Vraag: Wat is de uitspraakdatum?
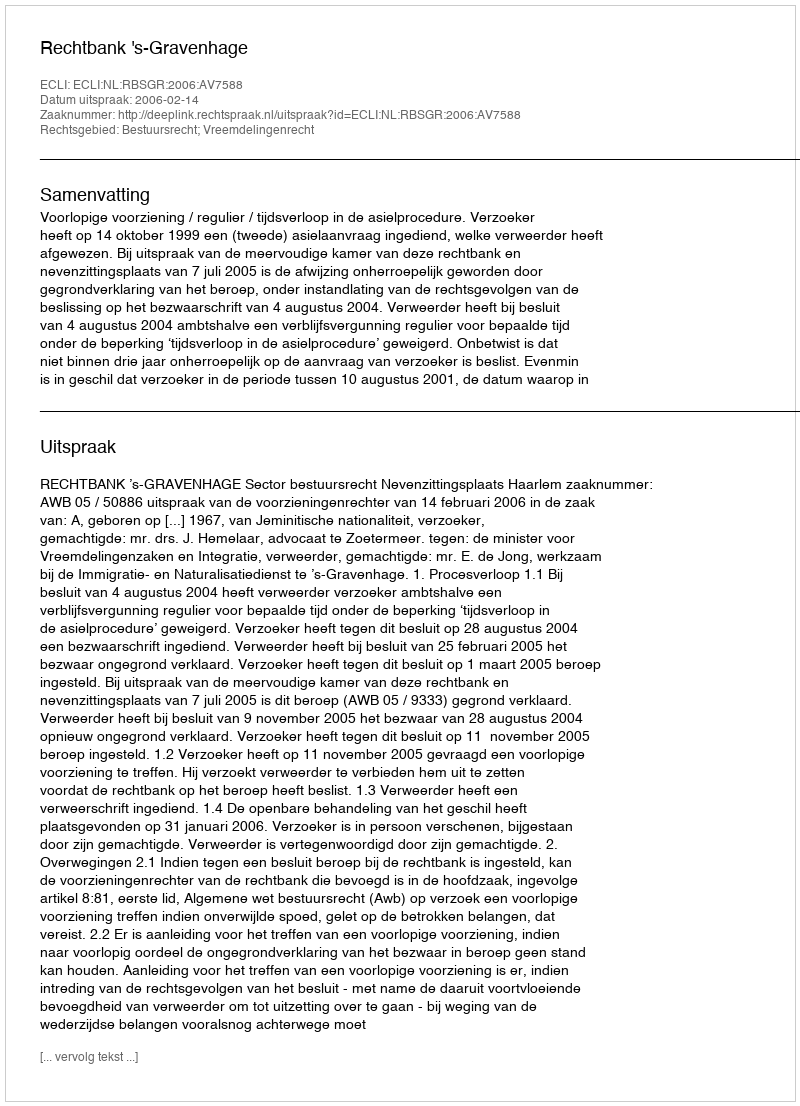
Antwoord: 2006-02-14